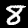
Label: 8